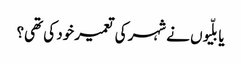
یا بلّیوں نے شہر کی تعمیر خود کی تھی؟